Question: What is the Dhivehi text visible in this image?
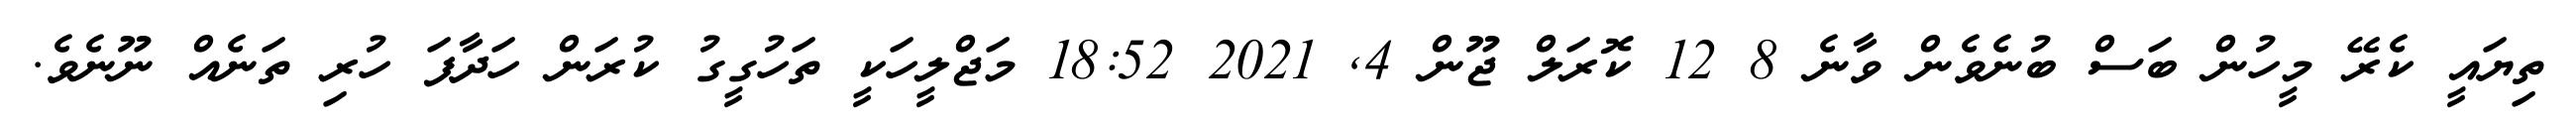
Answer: ތިޔައީ ކެރޭ މީހުން ބަސް ބުނެވެން ވާނެ 8 12 ކޮރަލް ޖޫން 4, 2021 18:52 މަޖްލީހަކީ ތަހުގީގު ކުރަން ހަދާފަ ހުރި ތަނެއް ނޫނެވެ.